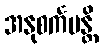
အနုစင်္ကမန္တိ